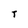
Character: t